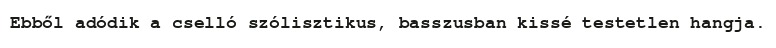
Ebből adódik a cselló szólisztikus, basszusban kissé testetlen hangja.